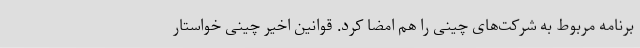
برنامه مربوط به شرکت‌های چینی را هم امضا کرد. قوانین اخیر چینی خواستار